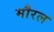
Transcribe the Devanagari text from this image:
मौरल